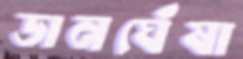
ডানঘেঁষা